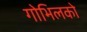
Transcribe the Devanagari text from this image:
गोभिलको